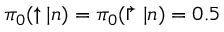
\pi _ { 0 } ( \uparrow | n ) = \pi _ { 0 } ( \Rsh | n ) = 0 . 5